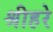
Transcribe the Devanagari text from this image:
श्रीहरे